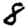
Digit: 8